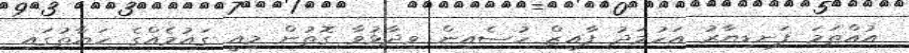
އުއްތަމަ ފަނޑިޔާރު އަހުމަދު ފާއިޒް ހުސެއިން ވިދާޅުވާ ގޮތުން މިއީ ގައުމެއްގެ ހަޔާތުގައި